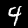
Label: 4